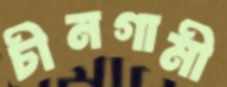
চীনগামী